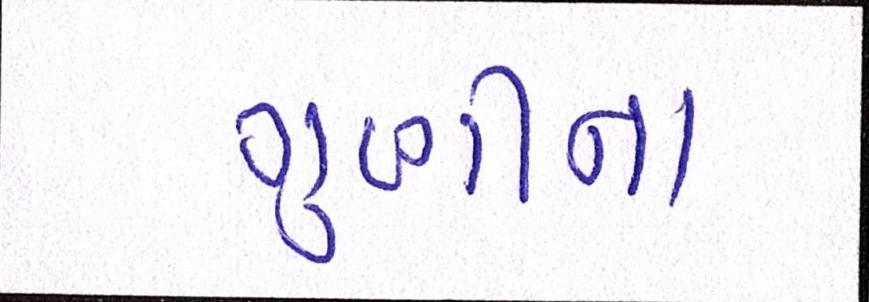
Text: ગુણીના